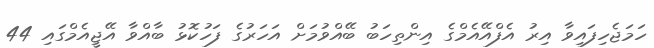
ހަމަޖެހިފައިވާ އިރު އެފްއޭއެމްގެ އިންތިހަބު ބޭއްވުމަށް އަހަރުގެ ފަހުކޮޅު ބާއްވާ އޭޖީއެމްގައި 44